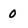
Character: 0